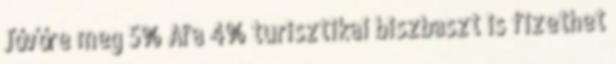
Jővőre meg 5% Áfa 4% turisztikai biszbaszt is fizethet